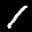
Label: 1